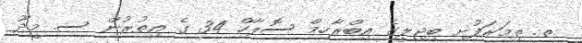
ތ. ތިމަރަފުށި ބިޖިލީގެ އިބްރާހިމް ސޮލާހް 34 ގެ އިތުރުން ސ. މީދޫ